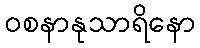
ဝစနာနုသာရိနော